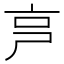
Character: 𠅏